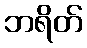
ဘရိတ်